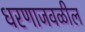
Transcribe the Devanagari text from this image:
धरणाजवळील